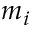
m _ { i }